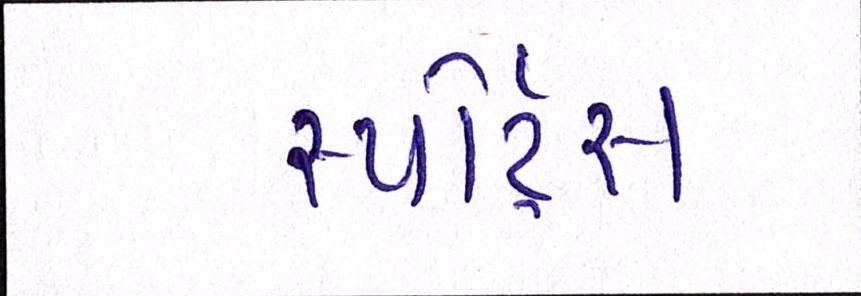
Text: સ્પોર્ટ્સ